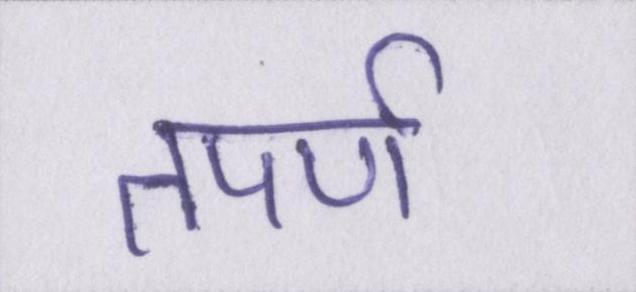
तपर्ण